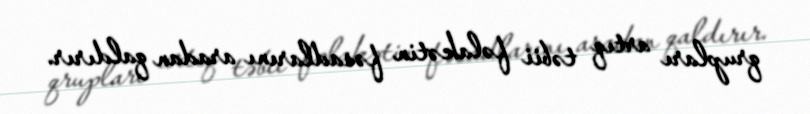
qrupları artıq təbii fəlakətin fəsadlarını aradan qaldırır.